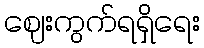
ဈေးကွက်ရရှိရေး